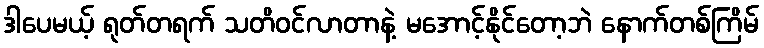
ဒါပေမယ့် ရုတ်တရက် သတိဝင်လာတာနဲ့ မအောင့်နိုင်တော့ဘဲ နောက်တစ်ကြိမ်